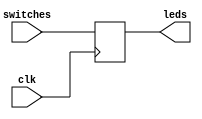
module ledassign (
	input clk,
	input [2:0]switches,
	output reg [2:0]leds);
	
	always @(posedge clk) begin
			leds = switches;
	end

endmodule